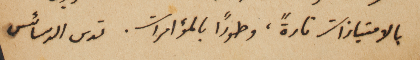
بالامتيازات تارةً، وطوراً بالمؤامرات. تدس الدسائس